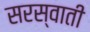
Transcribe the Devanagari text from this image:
सरस्वाती